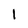
Character: 1